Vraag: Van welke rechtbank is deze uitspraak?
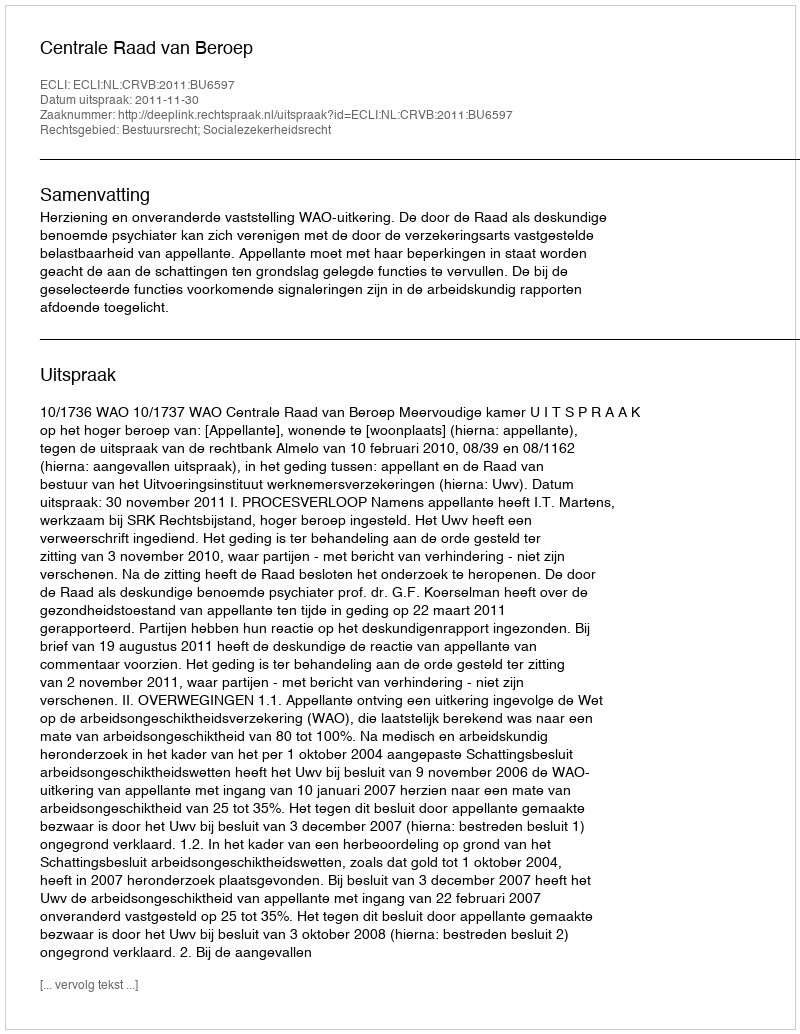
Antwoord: Centrale Raad van Beroep